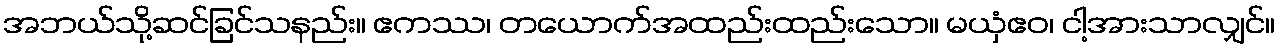
အဘယ်သို့ဆင်ခြင်သနည်း။ ဧကဿ၊ တယောက်အထည်းထည်းသော။ မယှံဧဝ၊ ငါ့အားသာလျှင်။